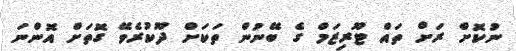
ނުކޮށް ރަށް ތައްް ޓޫރިޒަމް ގެ ބޭނުން ތަކަށް ދޫކުރެވޭ ގޮތަށް އޮންނަ